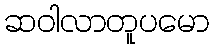
ဆဝါလာတူပမော